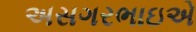
અસગરભાઇએ